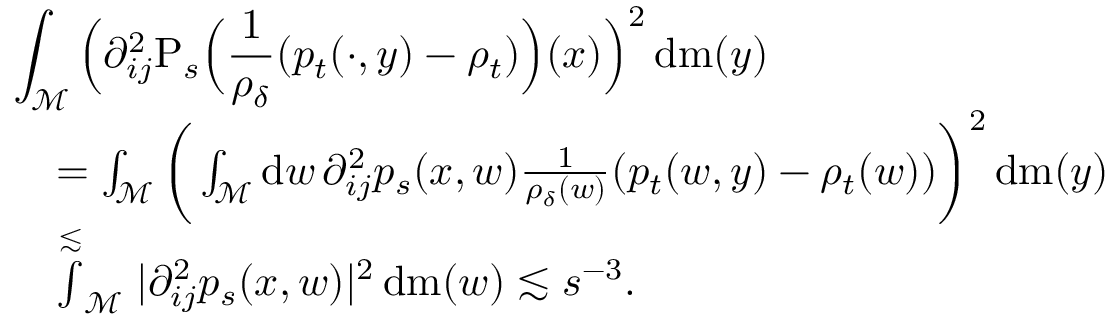
\begin{array} { r l } { \lefteqn { \int _ { \mathcal { M } } \Big ( \partial _ { i j } ^ { 2 } \mathrm { P } _ { s } \Big ( \frac { 1 } { \rho _ { \delta } } ( p _ { t } ( \cdot , y ) - \rho _ { t } ) \Big ) ( x ) \Big ) ^ { 2 } \, \mathrm { d } \mathrm { m } ( y ) } } \\ & { = \int _ { \mathcal { M } } \bigg ( \int _ { \mathcal { M } } \mathrm { d } w \, \partial _ { i j } ^ { 2 } p _ { s } ( x , w ) \frac { 1 } { \rho _ { \delta } ( w ) } ( p _ { t } ( w , y ) - \rho _ { t } ( w ) ) \bigg ) ^ { 2 } \, \mathrm { d } \mathrm { m } ( y ) } \\ & { \stackrel { \lesssim } \int _ { \mathcal { M } } \vert \partial _ { i j } ^ { 2 } p _ { s } ( x , w ) \vert ^ { 2 } \, \mathrm { d } \mathrm { m } ( w ) \lesssim s ^ { - 3 } . } \end{array}